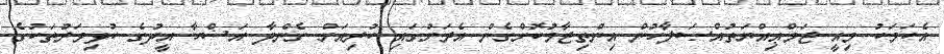
އެކަމަކު މިއީ ޖަމްޢިއްޔަތުއްޞަލާހުން އިންތިޒާމުކޮށްގެން އެރަށުގައި ކުރިއަށް ގެންދާ އަޟްހާ އީދުގެ ކުޅިވަރުތަކުގެ